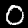
Label: 0